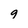
Character: 9